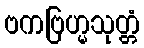
ဗကဗြဟ္မသုတ္တံ